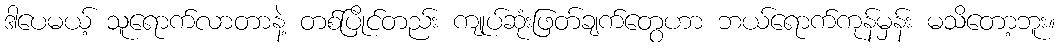
ဒါပေမယ့် သူရောက်လာတာနဲ့ တစ်ပြိုင်တည်း ကျုပ်ဆုံးဖြတ်ချက်တွေဟာ ဘယ်ရောက်ကုန်မှန်း မသိတော့ဘူး။